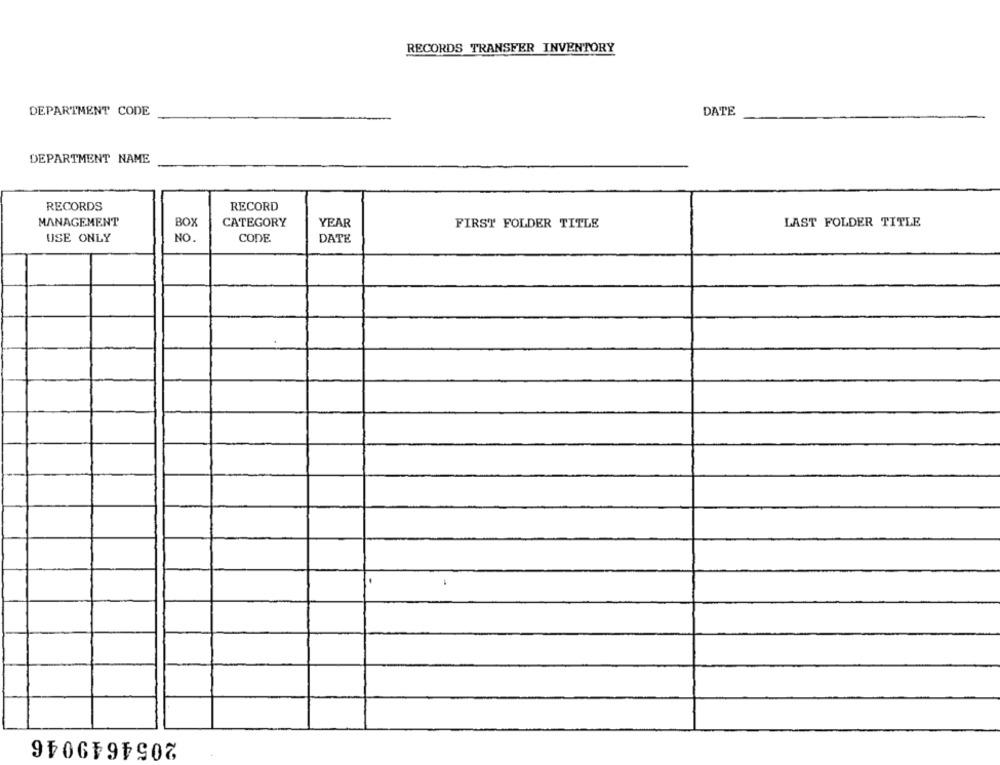
RECORDS TRANSFER INVENTORY
DEPARTMENT CODE
DATE
DEPARTMENT NAME
RECORDS
RECORD
MANAGEMENT
BOX
CATEGORY
YEAR
LAST FOLDER TITLE
FIRST FOLDER TITLE
USE ONLY
NO.
CODE
DATE
2054649046